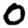
Digit: 0